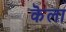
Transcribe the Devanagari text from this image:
कॆला